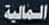
الماية